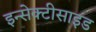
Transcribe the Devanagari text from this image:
इन्सेक्टीसाइड